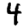
Digit: 4